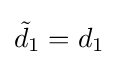
{\tilde {d}}_{1}=d_{1}